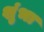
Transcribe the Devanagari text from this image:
शुंभा